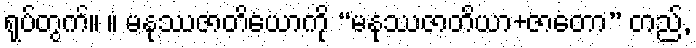
ရုပ်တွက်။ ။ မနုဿဇာတိယောကို “မနုဿဇာတိယာ+ဇာတော” တည်,